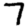
Digit: 7